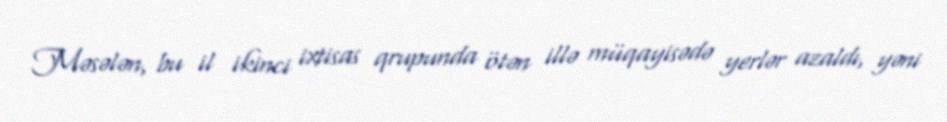
Məsələn, bu il ikinci ixtisas qrupunda ötən illə müqayisədə yerlər azaldı, yəni